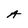
Character: A